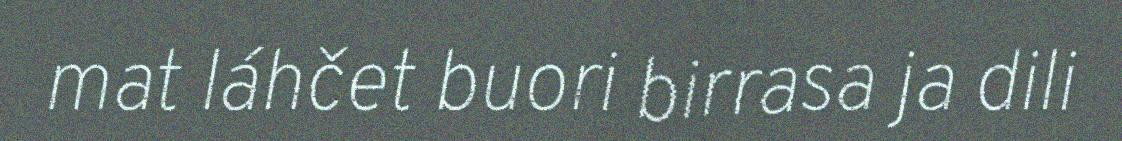
mat láhčet buori birrasa ja dili